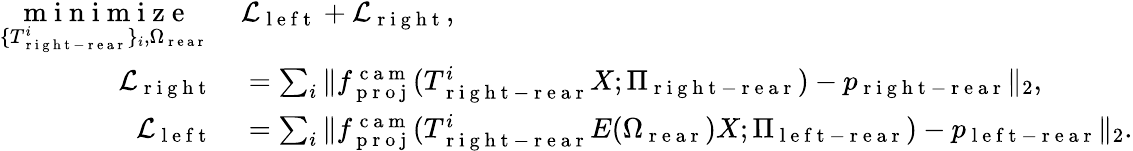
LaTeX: \begin{array}{rl}{\underset{\{ T_{\mathrm{~r~i~g~h~t~-~r~e~a~r~}}^{i}\} _{i},\Omega_{\mathrm{~r~e~a~r~}}}{\mathrm{~m~i~n~i~m~i~z~e~}}\, }&{{}\mathcal{L}_{\mathrm{~l~e~f~t~}}+\mathcal{L}_{\mathrm{~r~i~g~h~t~}},}\\ {\mathcal{L}_{\mathrm{~r~i~g~h~t~}}}&{{}=\sum_{i}\| f_{\mathrm{~p~r~o~j~}}^{\mathrm{~c~a~m~}}(T_{\mathrm{~r~i~g~h~t~-~r~e~a~r~}}^{i}X;\Pi_{\mathrm{~r~i~g~h~t~-~r~e~a~r~}})-p_{\mathrm{~r~i~g~h~t~-~r~e~a~r~}}\| _{2},}\\ {\mathcal{L}_{\mathrm{~l~e~f~t~}}}&{{}=\sum_{i}\| f_{\mathrm{~p~r~o~j~}}^{\mathrm{~c~a~m~}}(T_{\mathrm{~r~i~g~h~t~-~r~e~a~r~}}^{i}E(\Omega_{\mathrm{~r~e~a~r~}})X;\Pi_{\mathrm{~l~e~f~t~-~r~e~a~r~}})-p_{\mathrm{~l~e~f~t~-~r~e~a~r~}}\| _{2}.}\end{array}